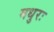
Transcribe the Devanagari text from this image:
मधुरः